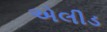
એલીડ